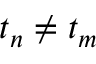
t _ { n } \neq t _ { m }